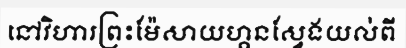
នៅវិហារព្រះម៉ែសាយហ្គនស្វែងយល់ពី